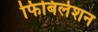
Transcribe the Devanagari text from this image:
फिबिलेशन